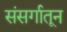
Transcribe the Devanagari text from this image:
संसर्गातून